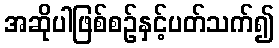
အဆိုပါဖြစ်စဉ်နှင့်ပတ်သက်၍